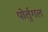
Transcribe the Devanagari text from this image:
पोर्तुगल